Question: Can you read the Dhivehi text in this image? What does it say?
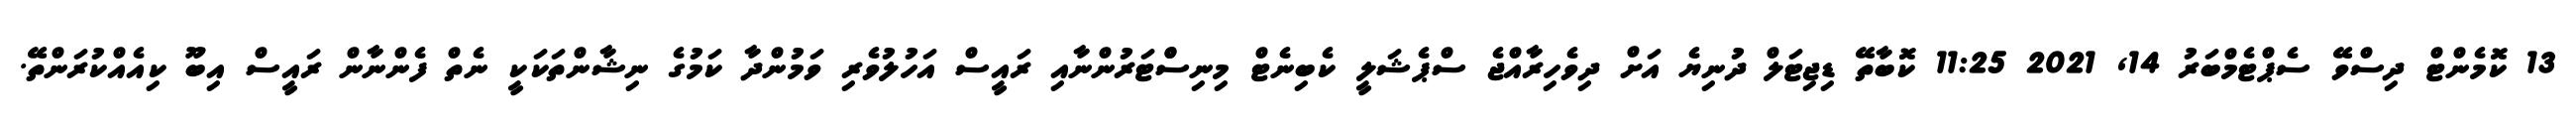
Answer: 13 ކޮމެންޓް ދިސްވޭ ސެޕްޓެމްބަރު 14, 2021 11:25 ކޮބާތޭ ޑިޖިޓަލް ދުނިޔެ އަށް ދިވެހިރާއްޖެ ސްޕެޝަލީ ކެބިނެޓް މިނިސްްޓަރުންނާއި ރައީސް އަހުލުވެރި ވަމުންދާ ކަމުގެ ނިޝާންތަކަކީ ނެތް ފެންނާން ރައީސް އިބޫ ކިއެއްކުރަންތޭ.